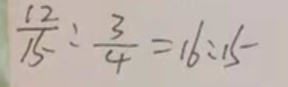
\frac { 1 2 } { 1 5 } : \frac { 3 } { 4 } = 1 6 : 1 5